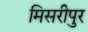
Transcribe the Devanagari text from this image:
मिसरीपुर